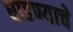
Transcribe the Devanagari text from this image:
धाडण्याचे